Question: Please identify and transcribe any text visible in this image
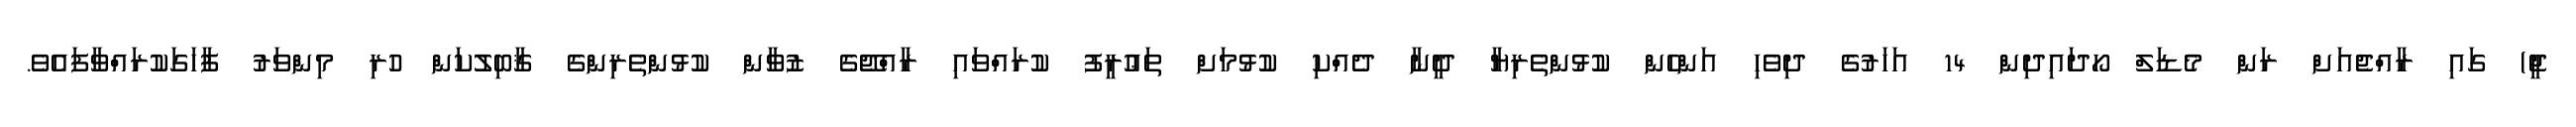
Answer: ޖީ) ގައި ރާއްޖެއަށް ރަން މެޑަލް ހޯދައިދިން 14 އަހަރުގެ ދިވެހި އަންހެން ކުޅުންތެރިޔާ ދީނާ ދެއްކި ކުޅުމަށް ތަޢުރީފު ކުރައްވައި ރާއްޖޭގެ ޒުވާން ކުޅުންތެރިންގެ ޤާބިލުކަން ހުރި މިންވަރު ފާހަގަކުރައްވާފައެވެ.